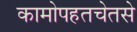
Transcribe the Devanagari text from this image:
कामोपहतचेतसे